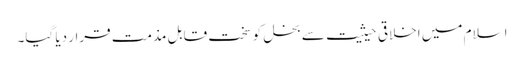
اسلام میں اخلاقی حیثیت سے بخل کو سخت قابلِ مذمت قرار دیا گیا۔